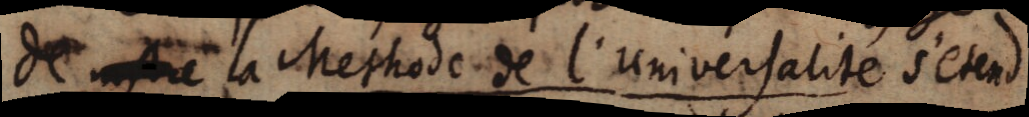
de nostre la Methode de l’universalité s’etend